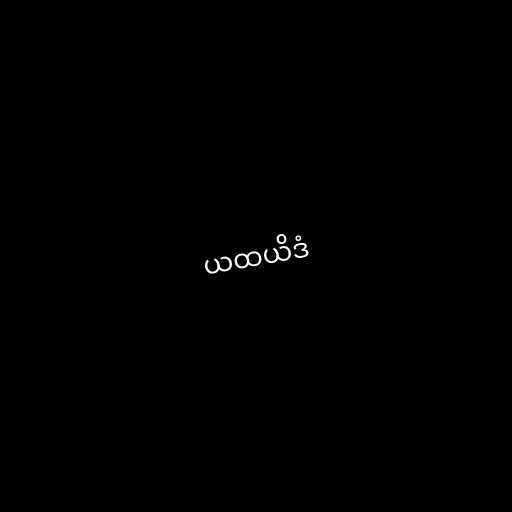
ယထယိဒံ